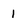
Character: 1